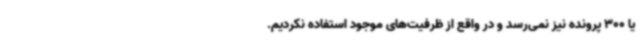
یا 300 پرونده نیز نمی‌رسد و در واقع از ظرفیت‌های موجود استفاده نکردیم.